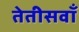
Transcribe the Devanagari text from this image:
तेतीसवाँ